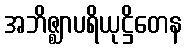
အဘိဇ္ဈာပရိယုဋ္ဌိတေန